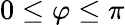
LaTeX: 0\le\varphi\le\pi